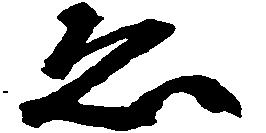
ゑ